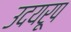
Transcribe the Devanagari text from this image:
उदयरूप